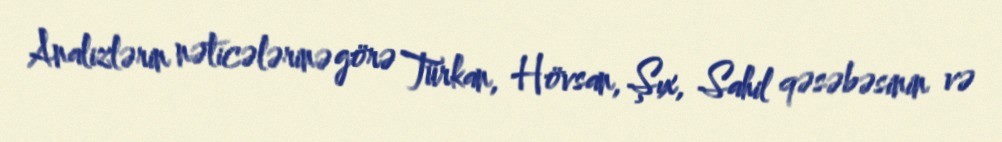
Analizlərin nəticələrinə görə Türkan, Hövsan, Şıx, Sahil qəsəbəsinin və